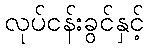
လုပ်ငန်းခွင်နှင့်